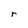
Character: r